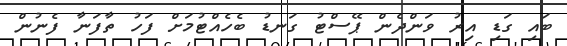
ބައި ގަޑި އިރު ވަންދެން ޕޭސްޓު ގަނޑު ބެހެއްޓުމަށް ފަހު ތާފަނާ ފެނުން